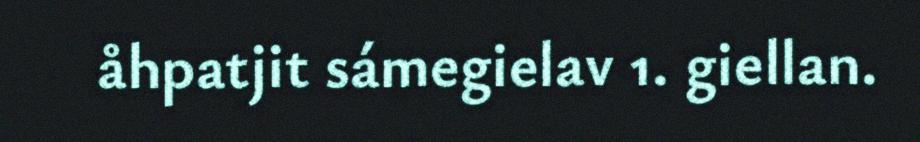
åhpatjit sámegielav 1. giellan.